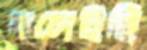
বলেইছি